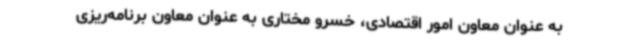
به عنوان معاون امور اقتصادی، خسرو مختاری به عنوان معاون برنامه‌ریزی